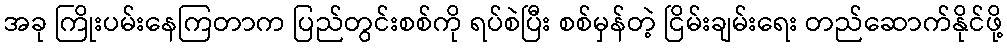
အခု ကြိုးပမ်းနေကြတာက ပြည်တွင်းစစ်ကို ရပ်စဲပြီး စစ်မှန်တဲ့ ငြိမ်းချမ်းရေး တည်ဆောက်နိုင်ဖို့